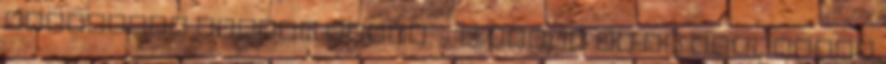
süteményt kapott volna. - Ó végre Az én kicsikéim